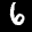
Label: 6